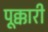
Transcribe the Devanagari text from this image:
पूक्कारी